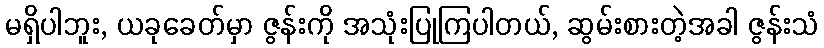
မရှိပါဘူး, ယခုခေတ်မှာ ဇွန်းကို အသုံးပြုကြပါတယ်, ဆွမ်းစားတဲ့အခါ ဇွန်းသံ